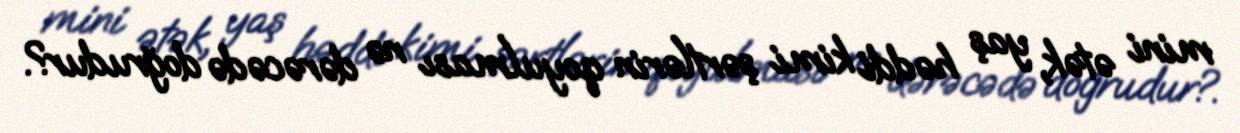
mini ətək, yaş həddi kimi şərtlərin qoyulması nə dərəcədə doğrudur?.